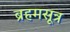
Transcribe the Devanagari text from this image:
ब्रहमसूत्र